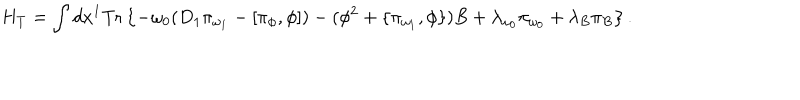
LaTeX: H _ { T } = \int d x ^ { 1 } \mathrm { T r } \left\{ - \omega _ { 0 } ( D _ { 1 } \pi _ { \omega _ { 1 } } - [ \pi _ { \phi } , \phi ] ) - ( \phi ^ { 2 } + \{ \pi _ { \omega _ { 1 } } , \phi \} ) B + \lambda _ { \omega _ { 0 } } \pi _ { \omega _ { 0 } } + \lambda _ { B } \pi _ { B } \right\} .